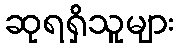
ဆုရရှိသူများ